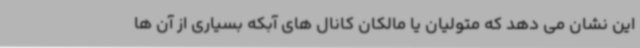
این نشان می دهد که متولیان یا مالکان کانال های آبکه بسیاری از آن ها